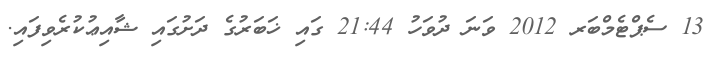
13 ސެޕްޓެމްބަރ 2012 ވަނަ ދުވަހު 21:44 ގައި ޚަބަރުގެ ދަށުގައި ޝާއިޢުކުރެވިފައި.